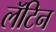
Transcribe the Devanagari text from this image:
लॅॅॅटिन